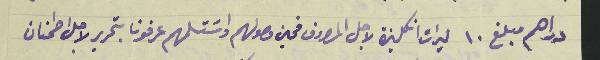
دراهم مبلغ ١٠ ليرات انكليزة لاجل المصروف فحين وصولهم واسَتلمهم عرفونا بتحرير لاجل اطمنان